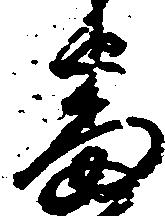
番